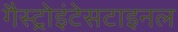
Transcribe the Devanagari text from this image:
गैस्ट्रोइंटेसटाइनल